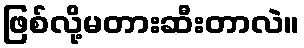
ဖြစ်လို့မတားဆီးတာလဲ။